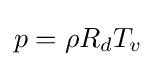
p=\rho R_{d}T_{v}